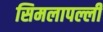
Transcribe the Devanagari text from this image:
सिमलापल्ली